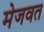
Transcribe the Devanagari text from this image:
मेजवत